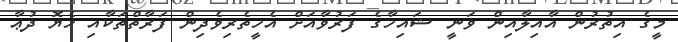
މީގެ އިތުރުން އާއިލާއިން ވަނީ ޝައިހާގެ ފަރުވާއަށް އެހީތެރިވެދިން ފަރާތްތަކާއި ހެޔޮ ދުޢާ